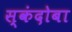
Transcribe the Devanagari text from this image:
स्कंदोबा